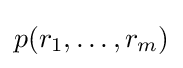
p(r_{1},\dots ,r_{m})